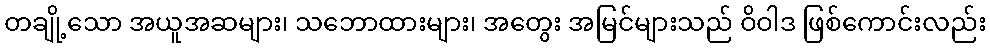
တချို့သော အယူအဆများ၊ သဘောထားများ၊ အတွေး အမြင်များသည် ဝိဝါဒ ဖြစ်ကောင်းလည်း